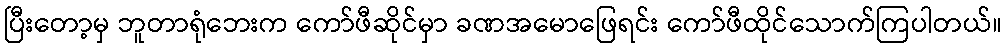
ပြီးတော့မှ ဘူတာရုံဘေးက ကော်ဖီဆိုင်မှာ ခဏအမောဖြေရင်း ကော်ဖီထိုင်သောက်ကြပါတယ်။